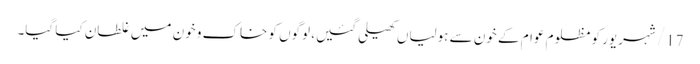
17/ شہریور کو مظلوم عوام کے خون سے ہولیاں کھیلی گئیں، لوگوں کو خاک و خون میں غلطان کیا گیا۔